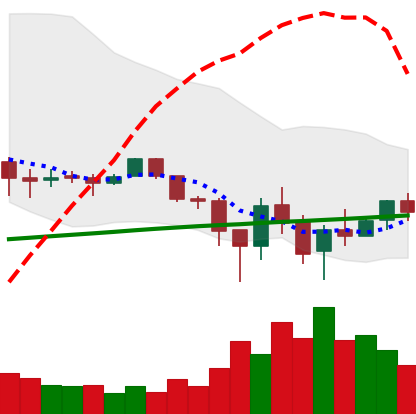
Ticker: LTC-USD
Chart end date: 2018-02-10
Forward return: 44.882%
Label: up_7plus